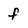
Character: f